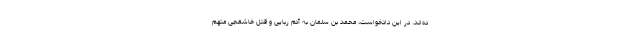
ده‌اند. در این دادخواست، محمد بن سلمان به آدم ربایی و قتل خاشقجی متهم